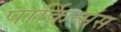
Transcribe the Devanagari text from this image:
पार्किन्संस